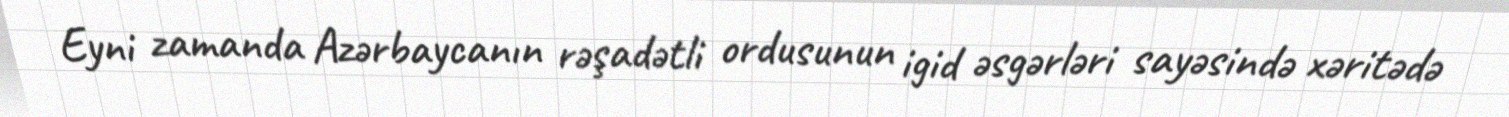
Eyni zamanda Azərbaycanın rəşadətli ordusunun igid əsgərləri sayəsində xəritədə